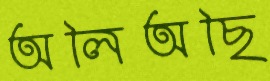
অলিঅছি